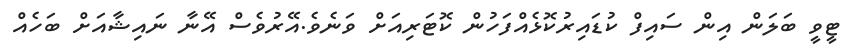
ޓީވީ ބަލަން އިން ސައިފް ކުޑައިރުކޮޅެއްފަހުން ކޮޓަރިއަށް ވަނެވެ.އޭރުވެސް އޭނާ ނައިޝާއަށް ބަހެއް